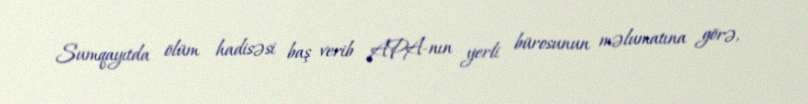
Sumqayıtda ölüm hadisəsi baş verib APA-nın yerli bürosunun məlumatına görə,